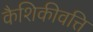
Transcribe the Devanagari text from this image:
कैशिकीवत्ति